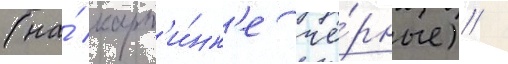
(на́ карт'и́нк'е чё́рные) /